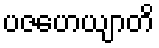
ပဇဟေယျာတိ